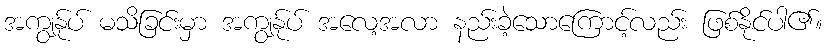
အကျွန်ုပ် မသိခြင်းမှာ အကျွန်ုပ် အလေ့အလာ နည်းခဲ့သောကြောင့်လည်း ဖြစ်နိုင်ပါ၏။